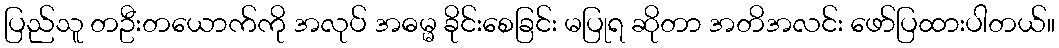
ပြည်သူ တဦးတယောက်ကို အလုပ် အဓမ္မ ခိုင်းစေခြင်း မပြုရ ဆိုတာ အတိအလင်း ဖော်ပြထားပါတယ်။